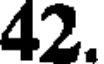
42.